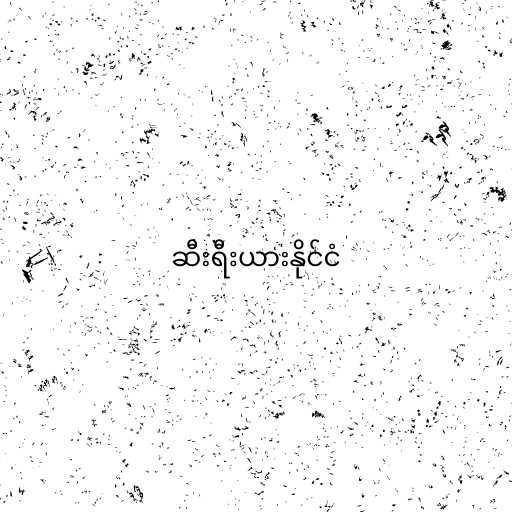
ဆီးရီးယားနိုင်ငံ